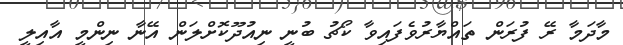
މާދަމާ ރޭ ފުރަން ތައްޔާރުވެފައިވާ ކޯޗު ބުނީ ނިއުދޫކޮށްލަން އޭނާ ނިންމީ އާއިލީ